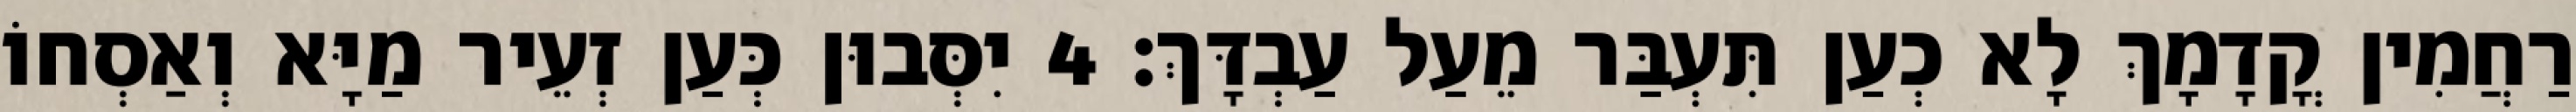
רַחֲמִין קֳדָמָךְ לָא כְעַן תִּעְבַּר מֵעַל עַבְדָּךְ׃ 4 יִסְּבוּן כְּעַן זְעֵיר מַיָּא וְאַסְחוֹ